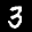
Label: 3